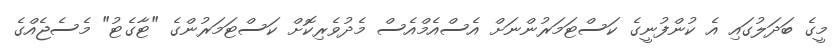
މީގެ ބަދަލުގައި އެ ކުންފުނީގެ ކަސްޓަމަރުންނަށް އެސްއެމްއެސް މެދުވެރިކޮށް ކަސްޓަމަރުންގެ "ޓާގެޓު" މެސެޖެއްގެ